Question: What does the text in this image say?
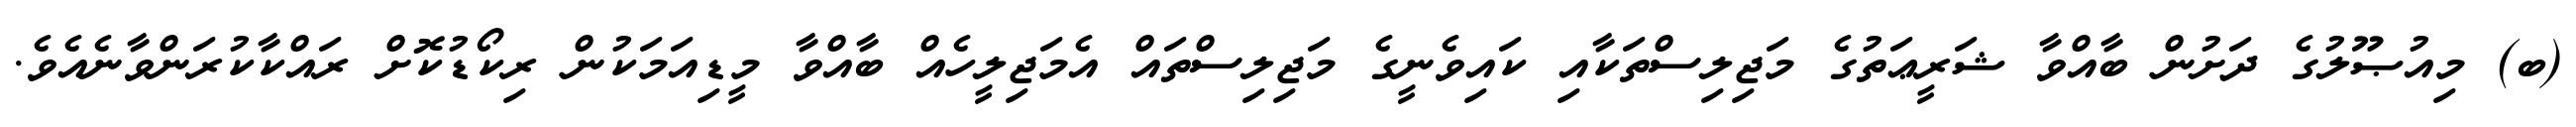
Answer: (ބ) މިއުޞޫލުގެ ދަށުން ބާއްވާ ޝަރީޢަތުގެ މަޖިލިސްތަކާއި ކައިވެނީގެ މަޖިލިސްތައް އެމަޖިލީހެއް ބާއްވާ މީޑިއަމަކުން ރިކޯޑުކޮށް ރައްކާކުރަންވާނެއެވެ.